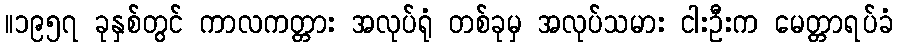
။၁၉၅၇ ခုနှစ်တွင် ကာလကတ္တား အလုပ်ရုံ တစ်ခုမှ အလုပ်သမား ငါးဦးက မေတ္တာရပ်ခံ